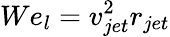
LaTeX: We_{l}=v_{jet}^{2}r_{jet}